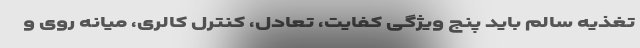
تغذیه سالم باید پنج ویژگی‌ کفایت، تعادل، کنترل کالری، میانه روی و